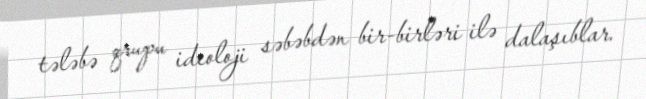
tələbə qrupu ideoloji səbəbdən bir-birləri ilə dalaşıblar.